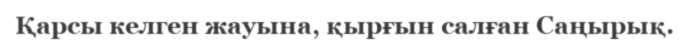
Қарсы келген жауына, қырғын салған Саңырық.